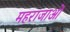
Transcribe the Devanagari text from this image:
महराजाओं